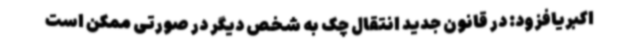
اکبریافزود: در قانون جدید انتقال چک به شخص دیگر در صورتی ممکن است